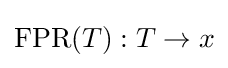
\operatorname {FPR} (T):T\to x